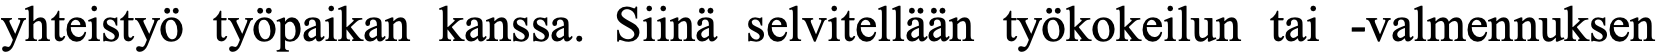
yhteistyö työpaikan kanssa. Siinä selvitellään työkokeilun tai -valmennuksen